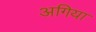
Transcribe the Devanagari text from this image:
अगिया